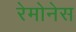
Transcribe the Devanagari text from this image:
रेमोनेस